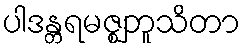
ပါဒန္တရမဇ္ဈဘူသိတာ